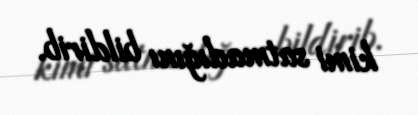
kimi satmadığını bildirib.